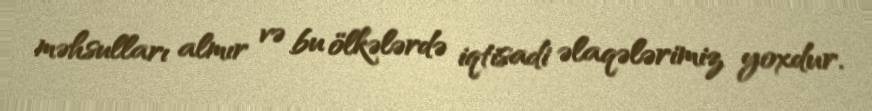
məhsulları almır və bu ölkələrdə iqtisadi əlaqələrimiz yoxdur.